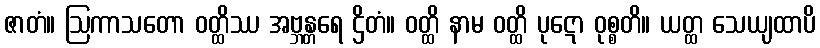
ဇာတံ။ ဩကာသတော ဝတ္ထိဿ အဗ္ဘန္တရေ ဌိတံ။ ဝတ္ထိ နာမ ဝတ္ထိ ပုဋော ဝုစ္စတိ။ ယတ္ထ သေယျထာပိ